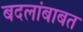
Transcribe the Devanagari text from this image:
बदलांबाबत